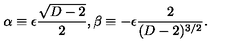
\alpha \equiv \epsilon { \frac { \sqrt { D - 2 } } { 2 } } , \beta \equiv - \epsilon { \frac { 2 } { ( D - 2 ) ^ { 3 / 2 } } } .